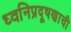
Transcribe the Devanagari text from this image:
ध्वनिप्रदूषणाची